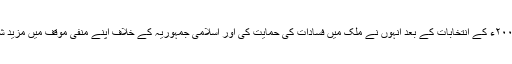
ایران میں ۲۰۰۹ء کے انتخابات کے بعد انہوں نے ملک میں فسادات کی حمایت کی اور اسلامی جمہوریہ کے خلاف اپنے منفی موقف میں مزید شدت پیدا کی۔